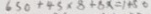
6 5 0 + 4 5 \times 8 + 8 x = 1 4 5 0